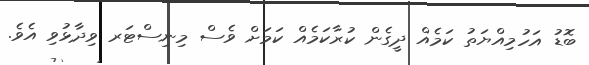
ބޮޑު އަހުމިއްޔަތު ކަމެއް ދީގެން ކުރާކަމެއް ކަމަށް ވެސް މިނިސްޓަރ ވިދާޅުވި އެވެ.